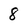
Character: 8